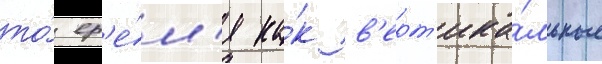
то́ вр'е́м'я ка́к в'ерт'ика́льные